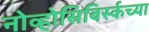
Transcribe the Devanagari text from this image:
नोव्होसिबिर्स्कच्या